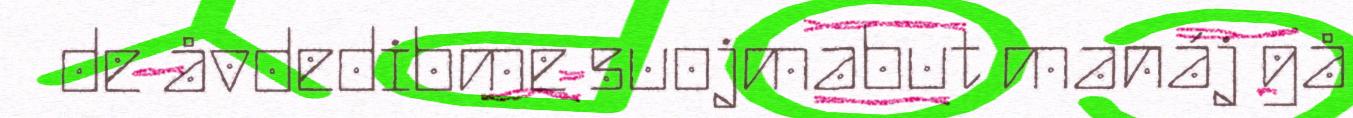
de åvdedibme suojmabut manáj gå